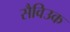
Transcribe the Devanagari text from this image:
सैविउक